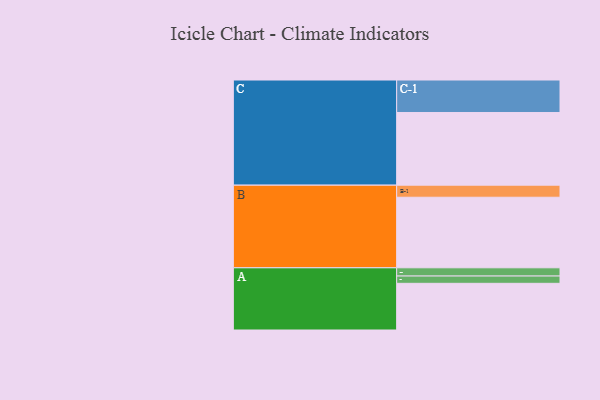
{"axis": {"x": "Segment", "y": "Value"}, "legend": ["", "A", "B", "C"], "data": [{"x": "A", "y": 352, "type": ""}, {"x": "B", "y": 532, "type": ""}, {"x": "C", "y": 548, "type": ""}, {"x": "A-1", "y": 62, "type": "A"}, {"x": "A-2", "y": 55, "type": "A"}, {"x": "B-1", "y": 91, "type": "B"}, {"x": "C-1", "y": 245, "type": "C"}]}